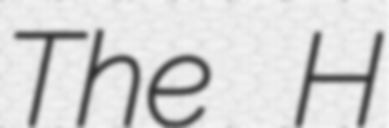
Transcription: The H